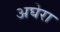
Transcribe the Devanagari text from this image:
अघेरा